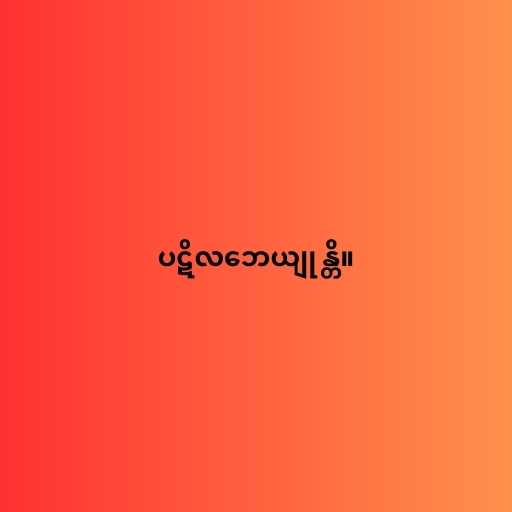
ပဋိလဘေယျုန္တိ။